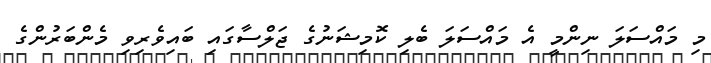
މި މައްސަލަ ނިންމީ އެ މައްސަލަ ބެލި ކޮމިޝަނުގެ ޖަލްސާގައި ބައިވެރިވި މެންބަރުންގެ